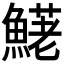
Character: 𩺆